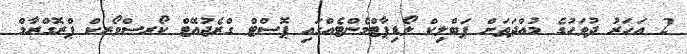
2 އަހަރު ދުވަހުގެ މުއްދަތަށް ޕަބްލިކް ލޯޑިޕާޓްމެންޓެއްގައި ޕޮސްޓް ގްރެޖުއޭޓް ކޯރސްވޯރކް ޕްރޮގްރާމް